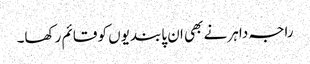
راجہ داہر نے بھی ان پابندیوں کو قائم رکھا۔